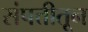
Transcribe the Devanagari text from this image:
संपत्तीतून